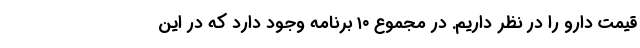
قیمت دارو را در نظر داریم. در مجموع ۱۰ برنامه وجود دارد که در این